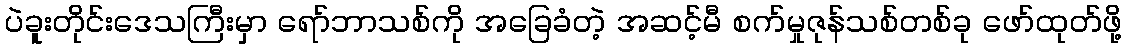
ပဲခူးတိုင်းဒေသကြီးမှာ ရော်ဘာသစ်ကို အခြေခံတဲ့ အဆင့်မီ စက်မှုဇုန်သစ်တစ်ခု ဖော်ထုတ်ဖို့